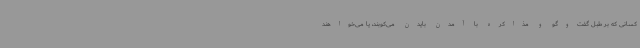
کسانی که بر طبل گفت‌وگو و مذاکره با آمدن بایدن می‌کوبند، یا می‌خواهند